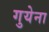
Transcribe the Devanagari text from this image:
गुयेना